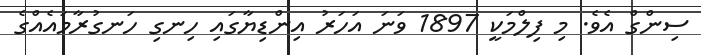
ސިންގް އެވެ. މި ފިލްމަކީ 1897 ވަނަ އަހަރު އިންޑިޔާގައި ހިނގި ހަނގުރާމައެއްގެ